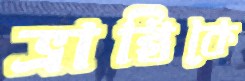
ভ্রান্তিকে